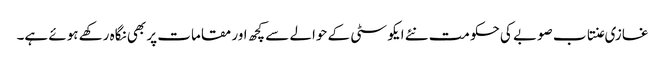
غازی عنتاب صوبے کی حکومت نئے ایکو سٹی کے حوالے سے کچھ اور مقامات پر بھی نگاہ رکھے ہوئے ہے۔